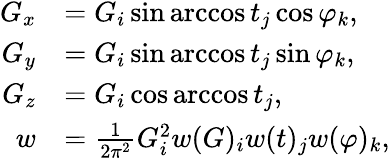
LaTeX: \begin{array}{rl}{G_{x}}&{=G_{i}\sin\operatorname{arccos}t_{j}\cos\varphi_{k},}\\ {G_{y}}&{=G_{i}\sin\operatorname{arccos}t_{j}\sin\varphi_{k},}\\ {G_{z}}&{=G_{i}\cos\operatorname{arccos}t_{j},}\\ {w}&{=\frac{1}{2\pi^{2}}G_{i}^{2}w(G)_{i}w(t)_{j}w(\varphi)_{k},}\end{array}